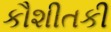
કૌશીતકી